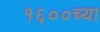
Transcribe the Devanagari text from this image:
१६००च्या